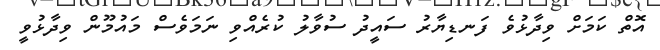
އޮތް ކަމަށް ވިދާޅުވެ ފަނޑިޔާރު ސައީދު ސުވާލު ކުރެއްވި ނަމަވެސް މައުމޫން ވިދާޅުވީ